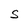
Character: S